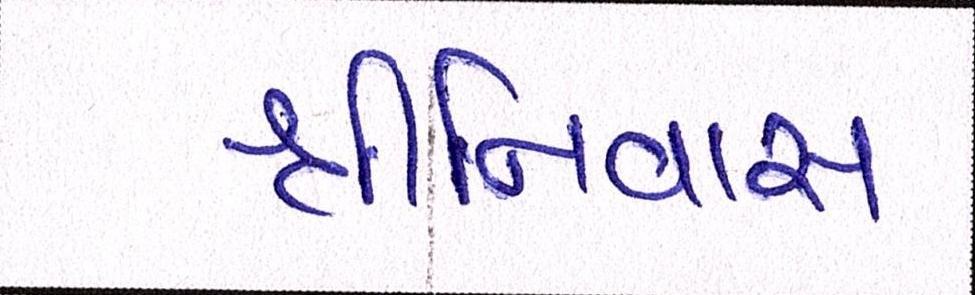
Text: શ્રીનિવાસ